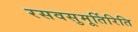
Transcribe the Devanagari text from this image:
रसवसुमूर्तिरिति